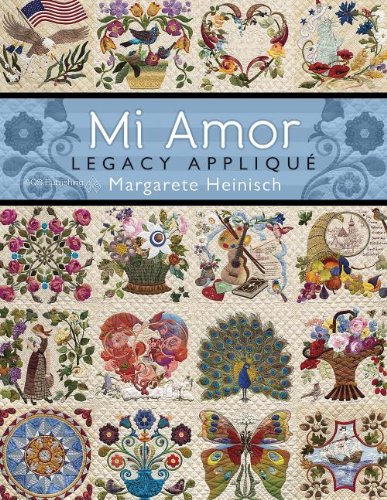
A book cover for Mi Amor Legacy AppliquÃ©; Heinisch; Crafts, Hobbies & Home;